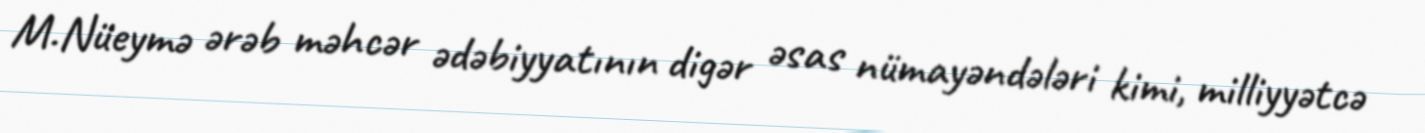
M.Nüeymə ərəb məhcər ədəbiyyatının digər əsas nümayəndələri kimi, milliyyətcə